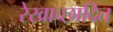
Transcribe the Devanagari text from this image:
रेखाच्छादित